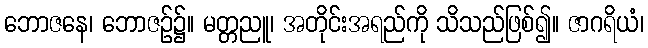
ဘောဇနေ၊ ဘောဇဉ်၌။ မတ္တညူ၊ အတိုင်းအရည်ကို သိသည်ဖြစ်၍။ ဇာဂရိယံ၊